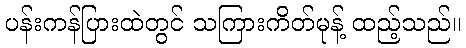
ပန်းကန်ပြားထဲတွင် သကြားကိတ်မုန့် ထည့်သည်။